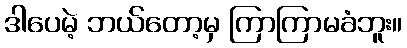
ဒါပေမဲ့ ဘယ်တော့မှ ကြာကြာမခံဘူး။